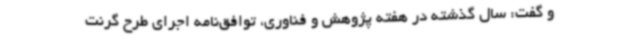
و گفت: سال گذشته در هفته پژوهش و فناوری، توافق‌نامه اجرای طرح گرنت